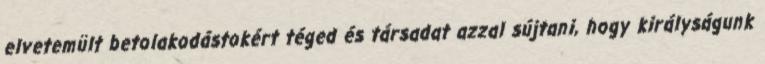
elvetemült betolakodástokért téged és társadat azzal sújtani, hogy királyságunk